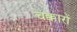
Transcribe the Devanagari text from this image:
चक्कारों